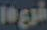
மலும்